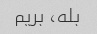
بله، بریم